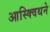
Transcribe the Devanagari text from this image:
आस्क्विथने